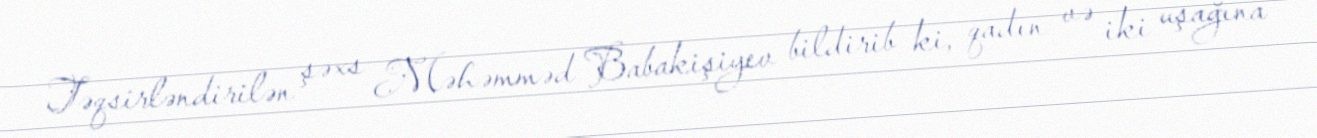
Təqsirləndirilən şəxs Məhəmməd Babakişiyev bildirib ki, qadın və iki uşağına